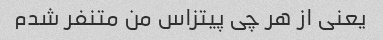
یعنی از هر چی پیتزاس من متنفر شدم